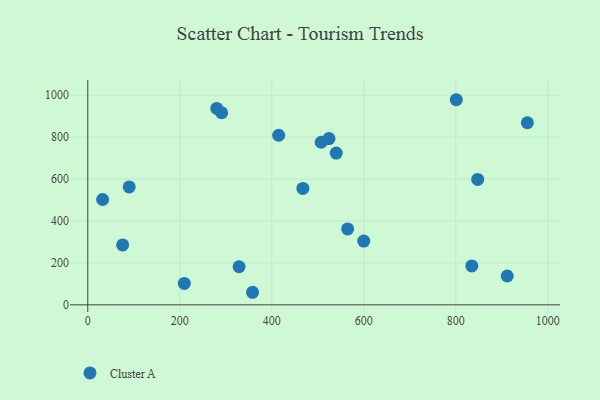
{"axis": {"x": "Price", "y": "Yield"}, "legend": ["Cluster A"], "data": [{"x": "280.4", "y": 936.3, "type": "Cluster A"}, {"x": "911.8", "y": 137.5, "type": "Cluster A"}, {"x": "291.0", "y": 916.0, "type": "Cluster A"}, {"x": "955.6", "y": 868.3, "type": "Cluster A"}, {"x": "467.6", "y": 555.0, "type": "Cluster A"}, {"x": "564.9", "y": 361.9, "type": "Cluster A"}, {"x": "328.9", "y": 181.5, "type": "Cluster A"}, {"x": "834.8", "y": 185.5, "type": "Cluster A"}, {"x": "801.1", "y": 978.0, "type": "Cluster A"}, {"x": "32.3", "y": 502.2, "type": "Cluster A"}, {"x": "358.2", "y": 59.9, "type": "Cluster A"}, {"x": "75.8", "y": 285.9, "type": "Cluster A"}, {"x": "524.3", "y": 792.7, "type": "Cluster A"}, {"x": "209.9", "y": 102.3, "type": "Cluster A"}, {"x": "507.4", "y": 775.2, "type": "Cluster A"}, {"x": "599.9", "y": 303.9, "type": "Cluster A"}, {"x": "90.1", "y": 562.0, "type": "Cluster A"}, {"x": "414.9", "y": 808.7, "type": "Cluster A"}, {"x": "847.6", "y": 598.1, "type": "Cluster A"}, {"x": "540.1", "y": 723.7, "type": "Cluster A"}]}